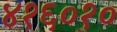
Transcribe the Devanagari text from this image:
४१६०१०